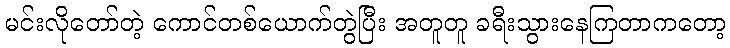
မင်းလိုတော်တဲ့ ကောင်တစ်ယောက်တွဲပြီး အတူတူ ခရီးသွားနေကြတာကတော့